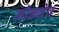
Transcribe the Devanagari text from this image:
लोकदेव